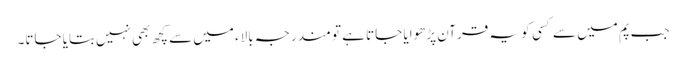
جب پم میں سے کسی ‌ کو یہ قرآن پڑھوایا جاتا ہے تو مندرجہ بالاء میں سے کچھ بھی نہیں‌بتایا جاتا۔